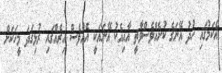
އެކަމުގައި ހުދު އޭނަގެ ކުށެއްވެސްވާތީ އާއިއެކު އޭނައަކީ އެއްވެސް އިރެއްގައި ރުޅިގަދަ މީހަކަށް